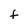
Character: F